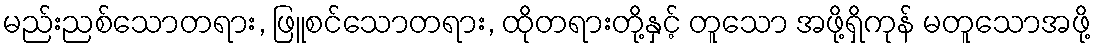
မည်းညစ်သောတရား, ဖြူစင်သောတရား, ထိုတရားတို့နှင့် တူသော အဖို့ရှိကုန် မတူသောအဖို့